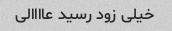
خیلی زود رسید عاااالی